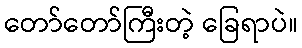
တော်တော်ကြီးတဲ့ ခြေရာပဲ။